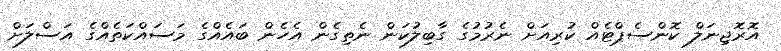
އޮރޮޖިނަލް ކޮންސެޕްޓެއް ކުރިއަށް ނެރުމުގެ ގާބިލުކަން ނެތިގެން އެހެން ބައެއްގެ މަސައްކަތެއްގެ އަސްލަށް